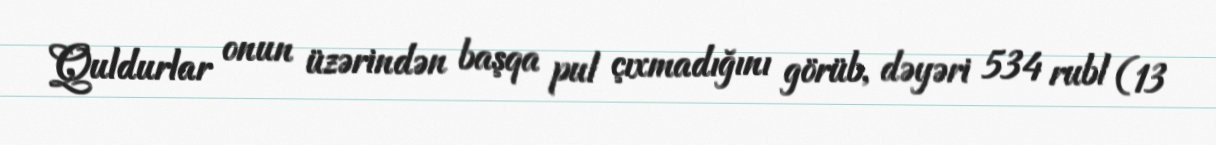
Quldurlar onun üzərindən başqa pul çıxmadığını görüb, dəyəri 534 rubl (13